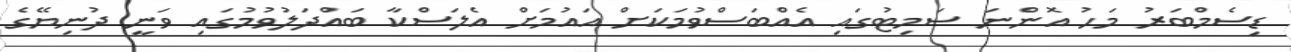
ޑިސެމްބަރު މަހު އޮންނަ ސަމިޓުގައި އެއްބަސްވުމަކަށް އައުމަށް އެލަސްކާ ބައްދަލުވުމުގައި ވަނީ ދުނިޔޭގެ